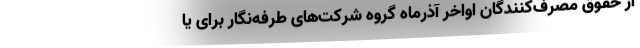
از حقوق مصرف‌کنندگان اواخر آذرماه گروه شرکت‌های طرفه‌نگار برای یا